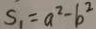
S _ { 1 } = a ^ { 2 } - b ^ { 2 }